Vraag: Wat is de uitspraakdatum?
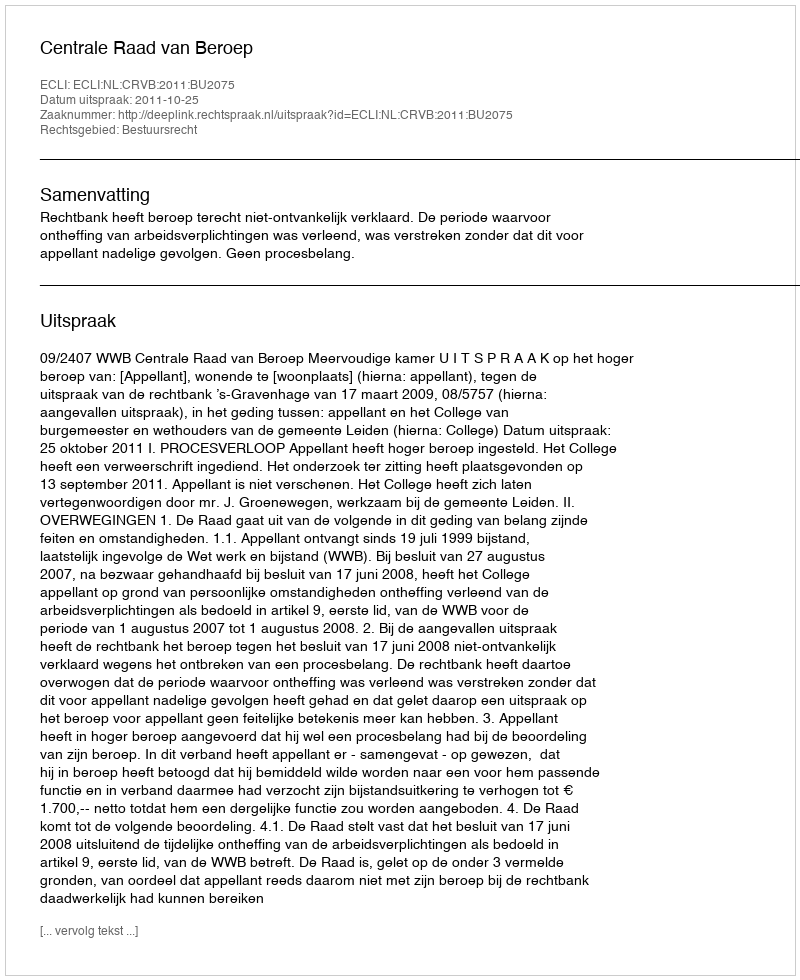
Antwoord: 2011-10-25